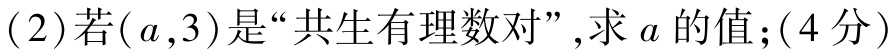
(2)若$(a,3)$是“共生有理数对”,求$a$的值;$(4分)$